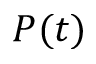
P ( t )